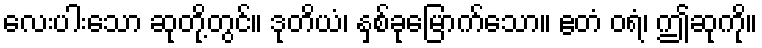
လေးပါးသော ဆုတို့တွင်။ ဒုတိယံ၊ နှစ်ခုမြောက်သော။ ဧတံ ဝရံ၊ ဤဆုကို။